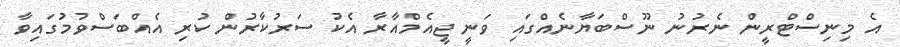
އެ މިނިސްޓްރީން ނެރުނު ނޫސްބަޔާނެއްގައި ވަނީ ޖީއެމްއާރާ އެކު ސަރުކާރުން ކުރި އެއްބަސްވުމުގައިވާ